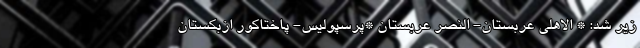
زیر شد: * الاهلی عربستان- النصر عربستان *پرسپولیس- پاختاکور ازبکستان